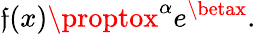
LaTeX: \mathfrak{f}(x)\proptox^{\alpha}e^{\betax}.